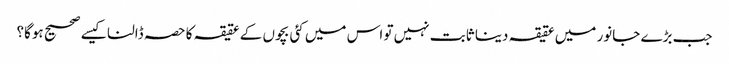
جب بڑے جانور میں عقیقہ دینا ثابت نہیں تو اس میں کئی بچوں کے عقیقہ کا حصہ ڈالنا کیسے صحیح ہوگا؟